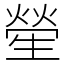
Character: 𤯵